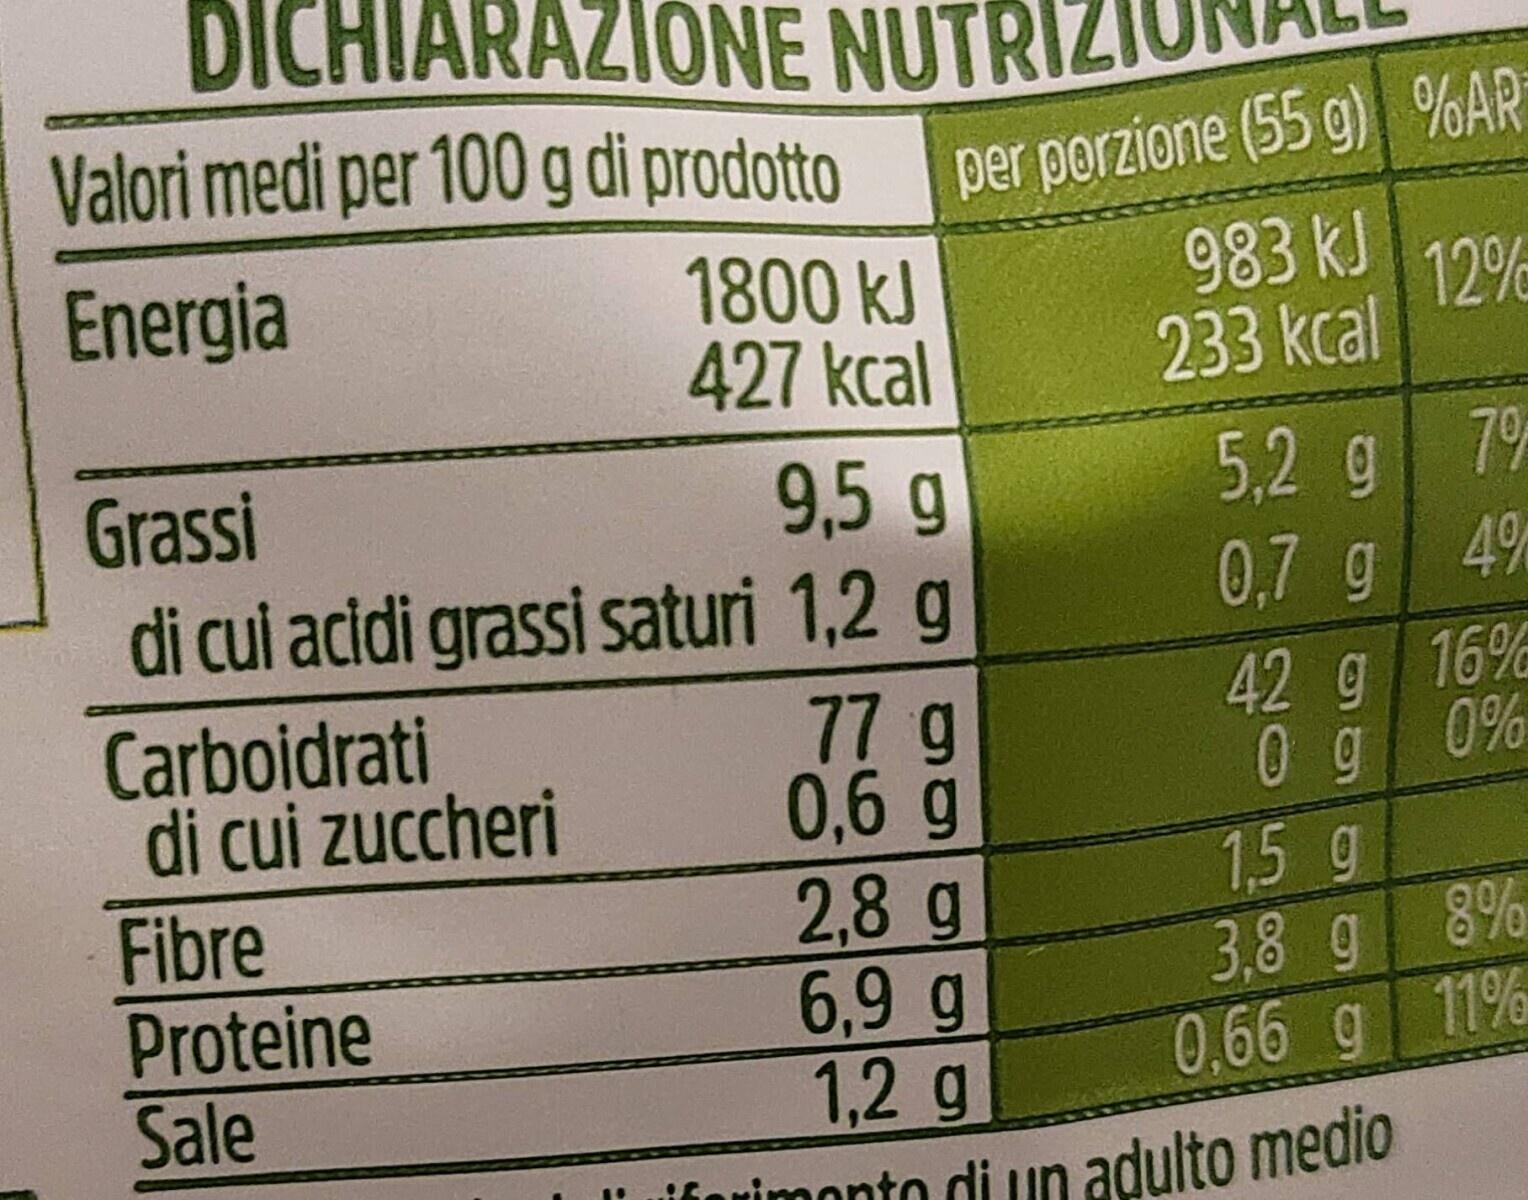
DICHIARAZIONE NUTRI
Valori medi per 100 g di prodotto
Energia
Carboidrati
Grassi
9,5 g
di cui acidi grassi saturi 1,2 g
di cui zuccheri
Fibre
Proteine Sale
1800 kJ
427 kcal
"
per porzione (55 g)
983 kJ
233 kcal
5,2 g
0,7 g
77 g
0,6 g
2,8 g
6,9 g
1,2 g
iferimento di un adulto medio
%AR
1.5 g
12%
42 g 16% 0%
0 g
79
4%
3,8 g
8%
0.66 g 11%